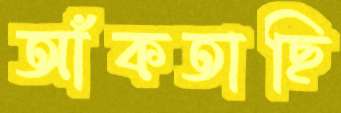
আঁকতাছি